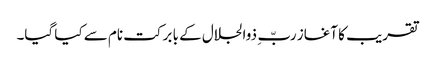
تقریب کا آغاز ربّ ِ ذوالجلال کے با برکت نام سے کیا گیا۔